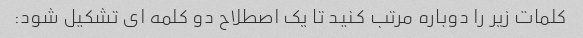
کلمات زیر را دوباره مرتب کنید تا یک اصطلاح دو کلمه ای تشکیل شود: